Source: Computer-generated
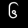
Digit: ၆ (6)